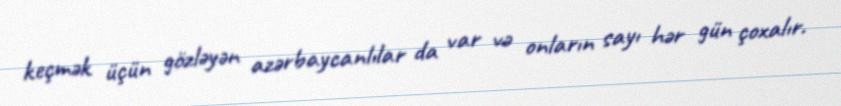
keçmək üçün gözləyən azərbaycanlılar da var və onların sayı hər gün çoxalır.